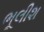
ભૂલીશ